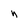
Character: h